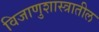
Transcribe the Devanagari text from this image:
विजाणुशास्त्रातील